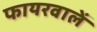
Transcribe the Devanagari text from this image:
फायरवालें